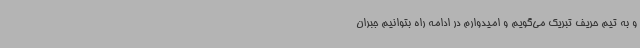
و به تیم حریف تبریک می‌گویم و امیدوارم در ادامه راه بتوانیم جبران